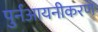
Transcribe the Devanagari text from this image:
पुर्नआयनीकरण